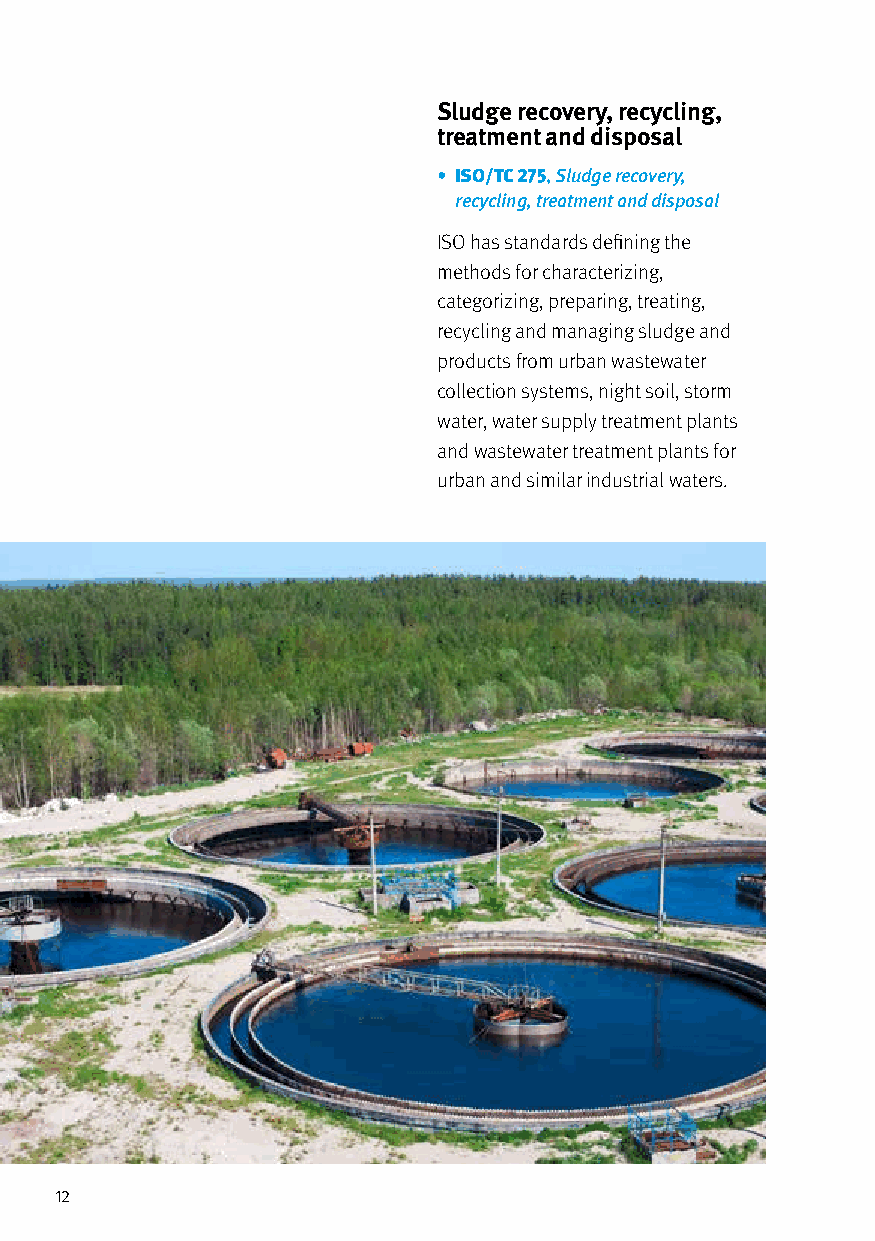
Sludge recovery, recycling,
 treatment and disposal
 • ISO/TC 275, Sludge recovery,
 recycling, treatment and disposal
 ISO has standards defining the
 methods for characterizing,
 categorizing, preparing, treating,
 recycling and managing sludge and
 products from urban wastewater
 collection systems, night soil, storm
 water, water supply treatment plants
 and wastewater treatment plants for
 urban and similar industrial waters.
 12